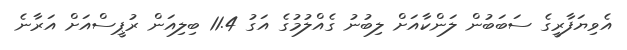
އެވިޔަފާރީގެ ސަބަބުން ލަންކާއަށް ލިބުނު ގެއްލުމުގެ އަގު 11.4 ބިލިއަން ރުޕީސްއަށް އަރާނެ